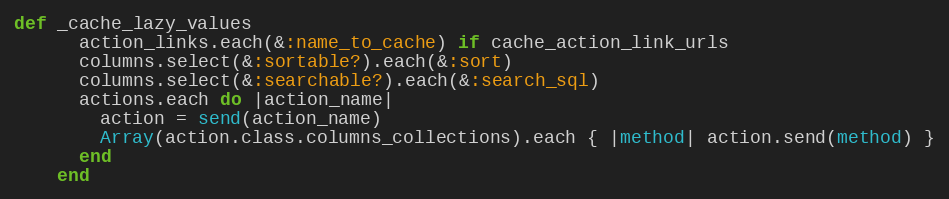
Language: Ruby
def _cache_lazy_values
      action_links.each(&:name_to_cache) if cache_action_link_urls
      columns.select(&:sortable?).each(&:sort)
      columns.select(&:searchable?).each(&:search_sql)
      actions.each do |action_name|
        action = send(action_name)
        Array(action.class.columns_collections).each { |method| action.send(method) }
      end
    end